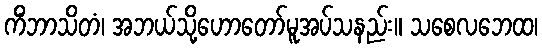
ကိံဘာသိတံ၊ အဘယ်သို့ဟောတော်မူအပ်သနည်း။ သစေလဘေထ၊